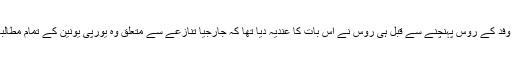
یورپی یونین کے اس اعلی وفد کے روس پہنچنے سے قبل ہی روس نے اس بات کا عندیہ دیا تھا کہ جارجیا تنازعے سے متعلق وہ یورپی یونین کے تمام مطالبات کو تسلیم نہیں کرے گا۔